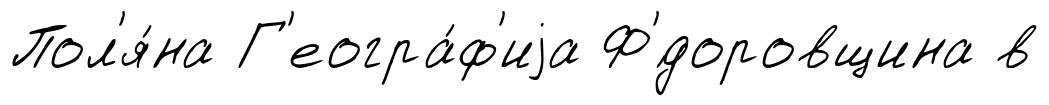
Пол'я́на Г'еогра́ф'иjа Ф'́доровщина в